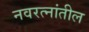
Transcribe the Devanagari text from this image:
नवरत्नांतील